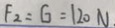
F _ { 2 } = G = 1 2 0 N .